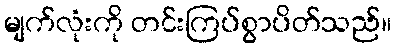
မျက်လုံးကို တင်းကြပ်စွာပိတ်သည်။